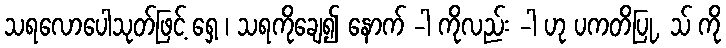
သရလောပေါသုတ်ဖြင့် ရှေ့ ၊ သရကိုချေ၍ နောက် -ါ ကိုလည်း -ါ ဟု ပကတိပြု, သ် ကို